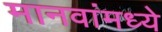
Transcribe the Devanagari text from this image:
मानवांमध्ये